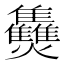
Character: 𤓪